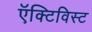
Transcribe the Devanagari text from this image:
ऍक्टिविस्ट